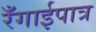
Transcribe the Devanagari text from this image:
रँगाईपात्र